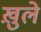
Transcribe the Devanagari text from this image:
ख़ुले